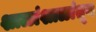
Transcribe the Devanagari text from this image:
शाळांशाळांतून